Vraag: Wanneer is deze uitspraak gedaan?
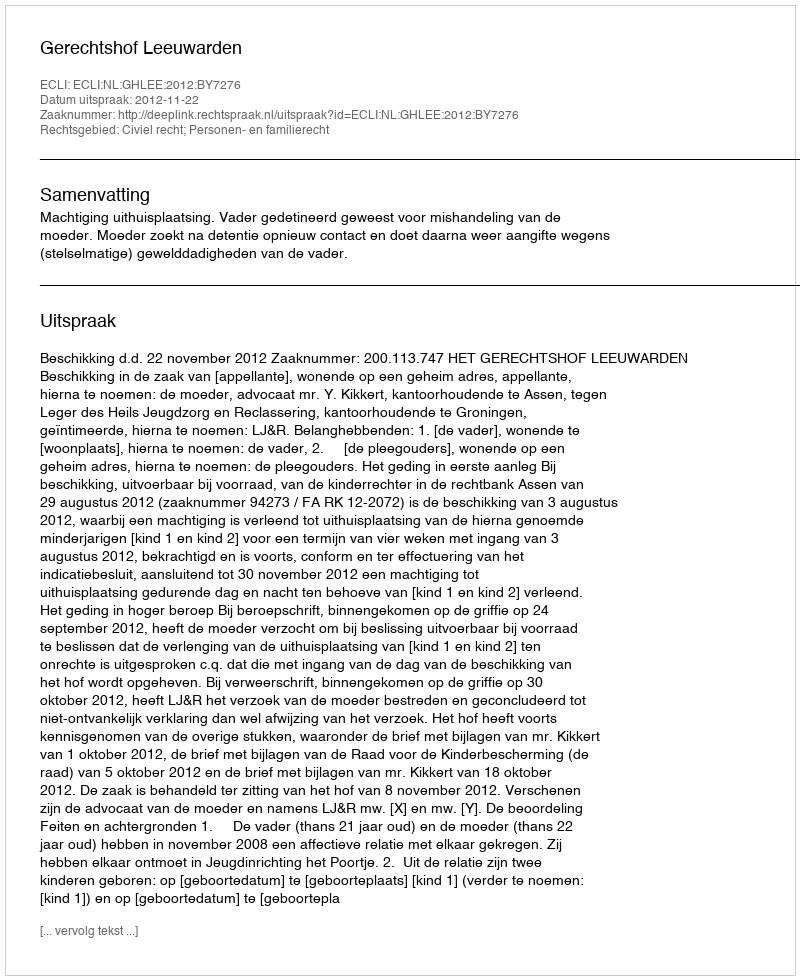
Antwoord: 2012-11-22